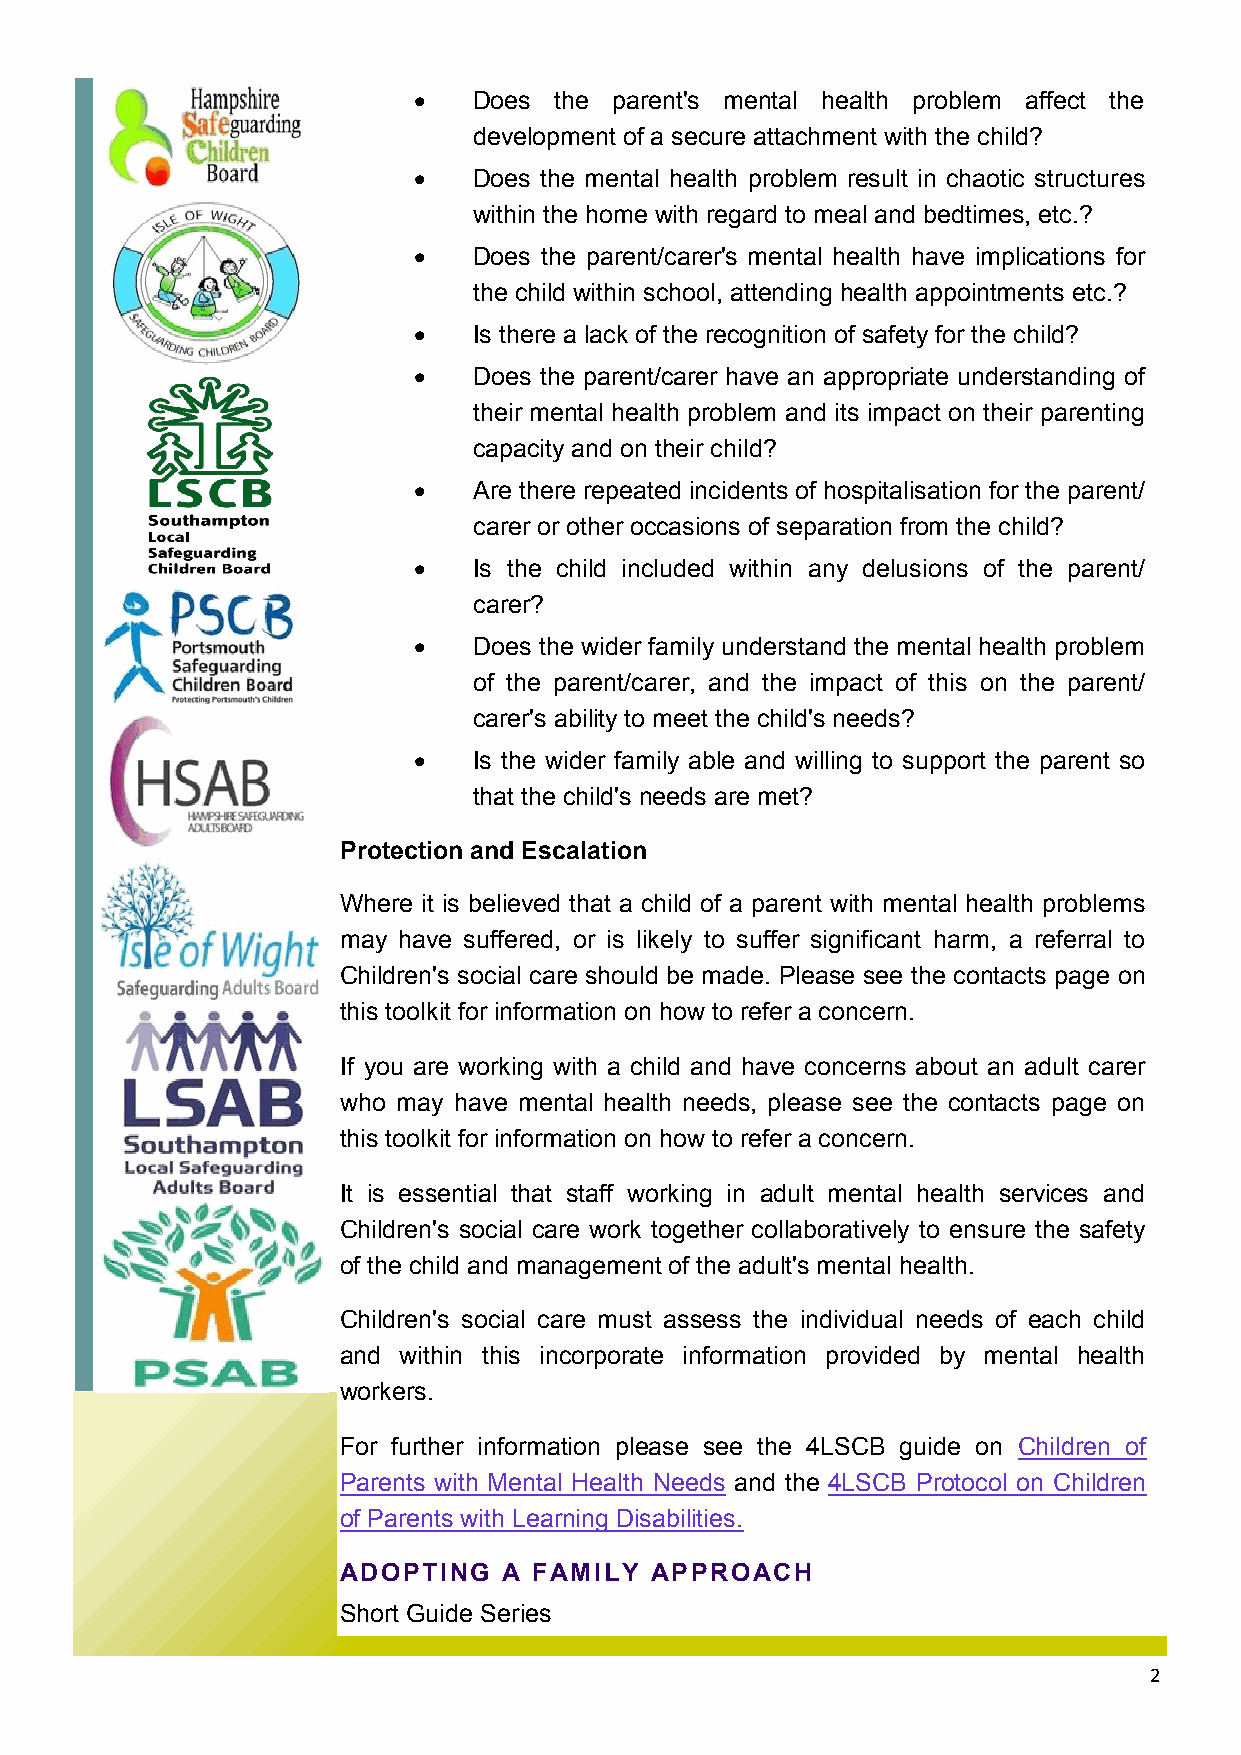
   Does  the parent's mental health problem affect the
 development of a secure attachment with the child?
    Does the mental health problem result in chaotic structures
 within the home with regard to meal and bedtimes, etc.?
    Does the parent/carer's mental health have implications for
 the child within school, attending health appointments etc.?
    Is there a lack of the recognition of safety for the child?
    Does the parent/carer have an appropriate understanding of
 their mental health problem and its impact on their parenting
 capacity and on their child?
    Are there repeated incidents of hospitalisation for the parent/
 carer or other occasions of separation from the child?
    Is the child included within any delusions of the parent/
 carer?
    Does the wider family understand the mental health problem
 of the parent/carer, and the impact of this on the parent/
 carer's ability to meet the child's needs?
    Is the wider family able and willing to support the parent so
 that the child's needs are met?
 Protection and Escalation
 Where it is believed that a child of a parent with mental health problems
 may have suffered, or is likely to suffer significant harm, a referral to
 Children's social care should be made. Please see the contacts page on
 this toolkit for information on how to refer a concern.
 If you are working with a child and have concerns about an adult carer
 who may have mental health needs, please see the contacts page on
 this toolkit for information on how to refer a concern.
 It is essential that staff working in adult mental health services and
 Children's social care work together collaboratively to ensure the safety
 of the child and management of the adult's mental health.
 Children's social care must assess the individual needs of each child
 and within this incorporate information provided by mental health
 workers.
 For further information please see the 4LSCB guide on Children of
 Parents with Mental Health Needs and the 4LSCB Protocol on Children
 of Parents with Learning Disabilities.
 ADOPTING  A FAMILY  APPROACH
 Short Guide Series
 2